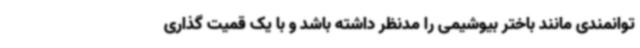
توانمندی مانند باختر بیوشیمی را مدنظر داشته باشد و با یک قمیت گذاری